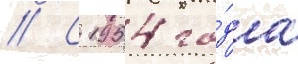
// С 1954 го́да